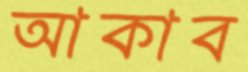
আকাব